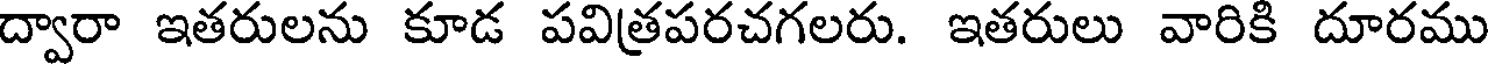
ద్వారా ఇతరులను కూడ పవిత్రపరచగలరు. ఇతరులు వారికి దూరము